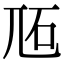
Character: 𡯝